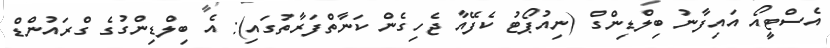
އެސްޓީއޯ އައިފާނު ބިލްޑިންގް (ނިއުޕޯޓު ކެފޭއާ ޖެހިގެން ކަނާތްފަރާތުގައި): އެ ބިލްޑިންގުގެ ގްރައުންޑް